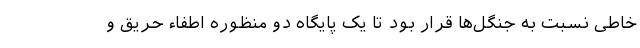
خاطی نسبت به جنگل‌ها قرار بود تا یک پایگاه دو منظوره اطفاء حریق و